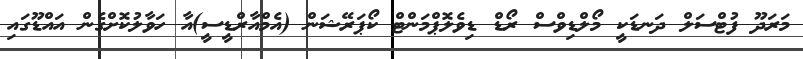
މަރަދޫ ފުޓްސަލް ދަނޑަކީ މޯލްޑިވްސް ރޯޑް ޑިވެލޮޕްމަންޓް ކޯޕަރޭޝަން (އެމްއާރްޑީސީ)އާ ހަވާލުކޮށްގެން އައްޑޫގައި